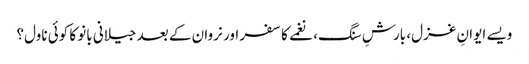
ویسے ایوانِ غزل، بارشِ سنگ، نغمے کا سفر اور نروان کے بعد جیلانی بانو کا کوئی ناول؟